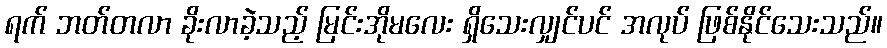
ရက် ဘတ်တလာ ခိုးလာခဲ့သည့် မြင်းအိုမလေး ရှိသေးလျှင်ပင် အလုပ် ဖြစ်နိုင်သေးသည်။